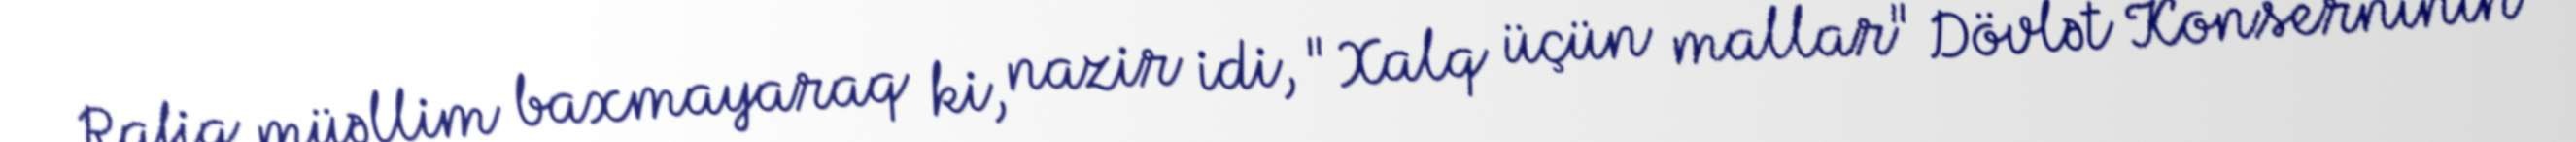
Rafiq müəllim baxmayaraq ki, nazir idi, "Xalq üçün mallar" Dövlət Konserninin